Document type: Emphyteutic lease
Year: 1333
Scribe: Berenguer Simó
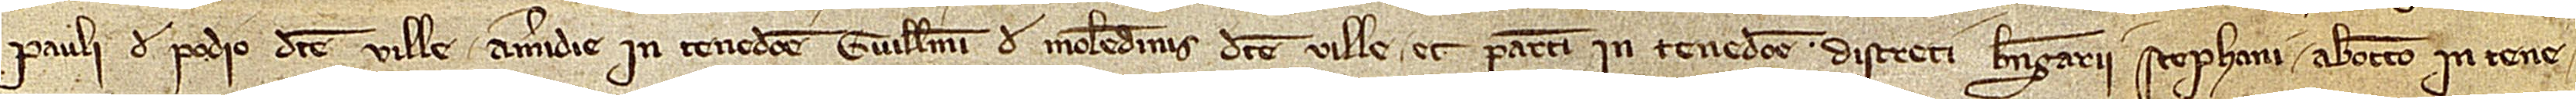
Pauli de Podio, dicte ville; a meridie in tenedone Guillelmi de Molendinis, dicte ville, et partim in tenedone discreti Berengarii Stephani; ab occiduo in tene-